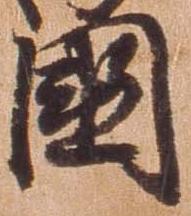
国